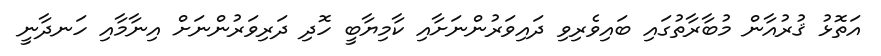
އަތޮޅު ޤުރުއާން މުބާރާތުގައި ބައިވެރިވި ދައިވަރުންނަށާއި ކާމިޔާބީ ހޮދި ދަރިވަރުންނަށް އިނާމާއި ހަނދާނީ